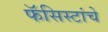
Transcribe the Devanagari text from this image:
फॅसिस्टांचे